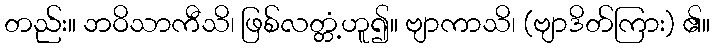
တည်း။ ဘဝိသာကီသိ၊ ဖြစ်လတ္တံ့ဟူ၍။ ဗျာကာသိ၊ (ဗျာဒိတ်ကြား) ၏။